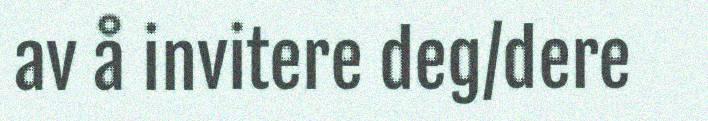
av å invitere deg/dere